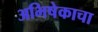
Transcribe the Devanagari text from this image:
अभिषेकाचा